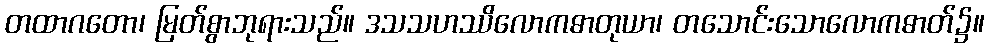
တထာဂတော၊ မြတ်စွာဘုရားသည်။ ဒသသဟဿိလောကဓာတုယာ၊ တသောင်းသောလောကဓာတ်၌။